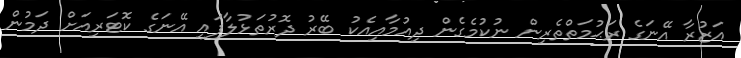
އަޒުރާ އޭނަގެ ރަޙުމަތްތެރިން ނުކުމެގެން ދިއުމާއިއެކު ބޭރު ދޮރުތަޅުލާފައި އޭނަގެ ކޮޓަރިއަށް ދަމުން